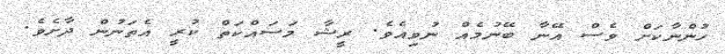
ހުންނާކަށް ވެސް އޭނާ ބޭނުމެއް ނުވިއެވެ. ރީޝާ މަސައްކަތްް ކުރީ އެތަނުން ދާށެވެ.